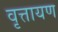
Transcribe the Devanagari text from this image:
वृत्तायण